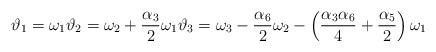
LaTeX: \begin{align*}\vartheta_{1} = \omega_{1} \vartheta_{2} = \omega_{2} + \frac{\alpha_{3}}{2} \omega_{1} \vartheta_{3} = \omega_{3} -\frac{\alpha_{6}}{2}\omega_{2} -\left(\frac{\alpha_{3}\alpha_{6}}{4} + \frac{\alpha_{5}}{2}\right)\omega_{1}\end{align*}